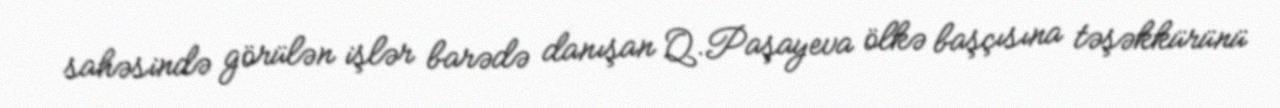
sahəsində görülən işlər barədə danışan Q.Paşayeva ölkə başçısına təşəkkürünü